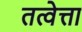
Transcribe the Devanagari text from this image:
तत्वेत्ता